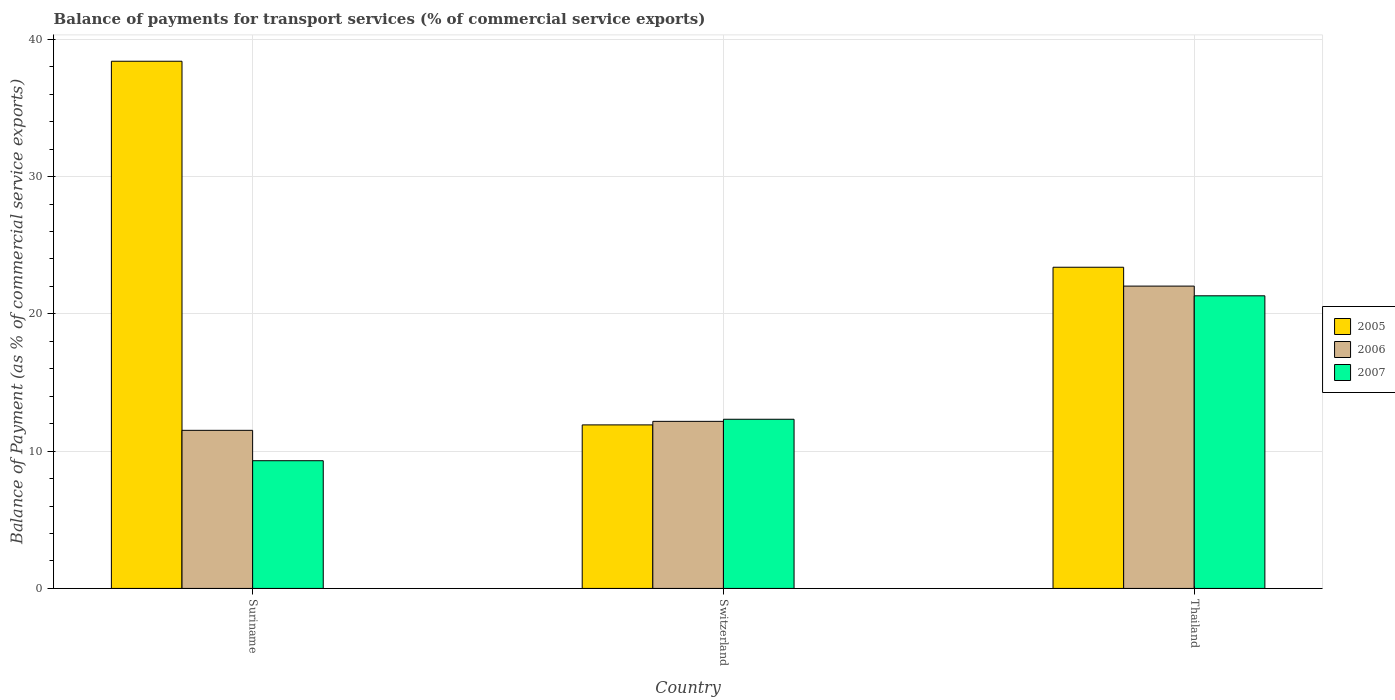
| Country | 2005 | 2006 | 2007 |
 | --- | --- | --- | --- |
 | Suriname | 38.4 | 11.5 | 9.3 |
 | Switzerland | 11.9 | 12.2 | 12.3 |
 | Thailand | 23.4 | 22 | 21.3 |